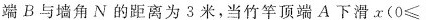
端B与墙角N的距离为3米，当竹竿顶端A下滑$$x ( 0 ≤